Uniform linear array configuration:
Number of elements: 24
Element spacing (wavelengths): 1
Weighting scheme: cosine
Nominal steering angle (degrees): -15
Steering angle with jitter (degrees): -15.001
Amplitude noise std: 0.05
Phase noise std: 0.05

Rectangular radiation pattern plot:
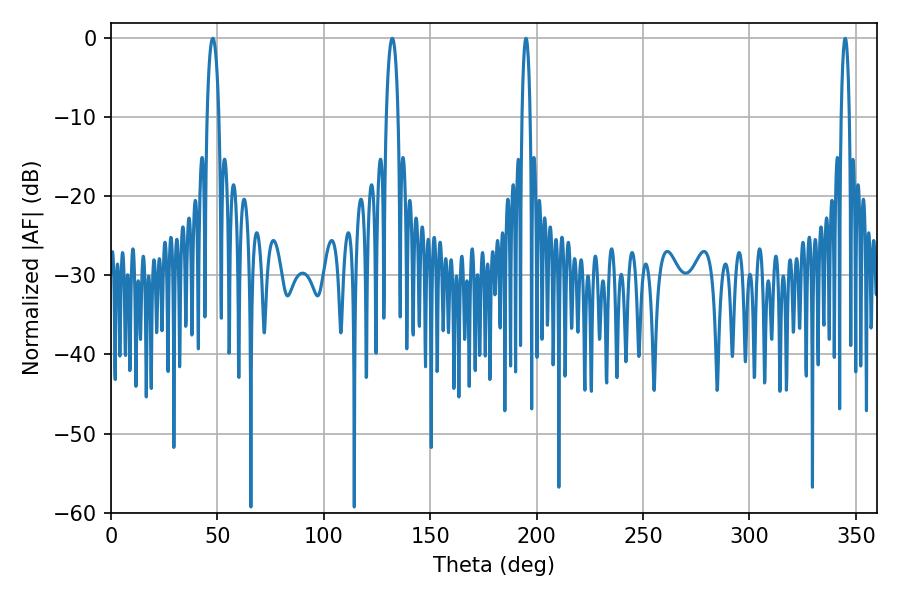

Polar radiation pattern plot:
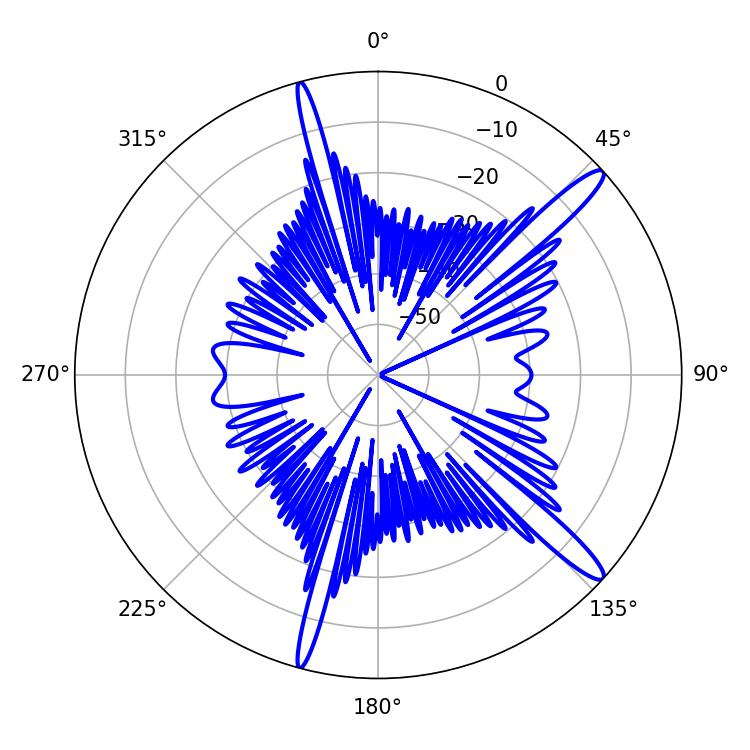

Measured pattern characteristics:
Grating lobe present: TRUE
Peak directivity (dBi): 14.588
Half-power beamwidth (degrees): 3.06
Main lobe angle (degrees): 47.88